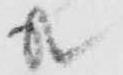
共